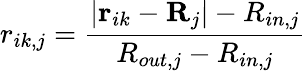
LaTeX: r_{ik,j}=\frac{\lvert\mathbf{r}_{ik}-\mathbf{R}_{j}\rvert-R_{in,j}}{R_{out,j}-R_{in,j}}